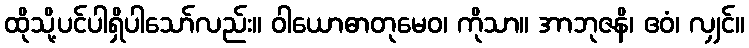
ထိုသို့ပင်ပါရှိပါသော်လည်း။ ဝါယောဓာတုမေဝ၊ ကိုသာ။ အာဘုဇနိ၊ ဧဝံ၊ လျှင်။